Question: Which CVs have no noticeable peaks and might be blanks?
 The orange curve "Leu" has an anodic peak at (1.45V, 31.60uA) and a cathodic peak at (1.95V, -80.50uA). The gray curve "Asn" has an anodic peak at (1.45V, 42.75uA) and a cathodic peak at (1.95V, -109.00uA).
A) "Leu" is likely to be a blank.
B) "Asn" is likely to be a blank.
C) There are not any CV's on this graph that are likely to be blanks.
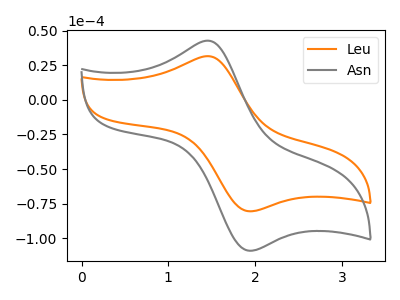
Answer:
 <answer>C) There are not any CV's on this graph that are likely to be blanks.</answer>
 <eval>C</eval>